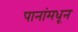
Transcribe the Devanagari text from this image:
पानांमधून